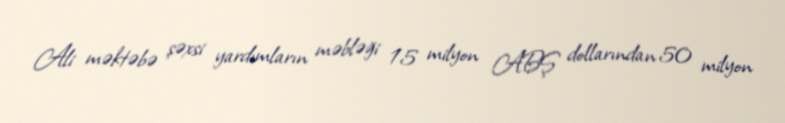
Ali məktəbə şəxsi yardımların məbləği 15 milyon ABŞ dollarından 50 milyon